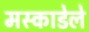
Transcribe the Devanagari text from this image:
मस्काडेले